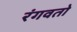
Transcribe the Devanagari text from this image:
रंगवतो